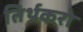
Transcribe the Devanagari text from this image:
तिर्थकरो